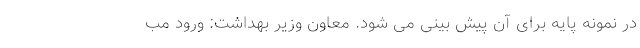
در نمونه پایه برای آن پیش بینی می شود. معاون وزیر بهداشت: ورود مب